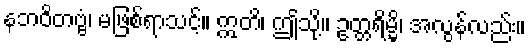
နဘဝိတဗ္ဗံ၊ မဖြစ်ရာသင့်။ ဣတိ၊ ဤသို့။ ဥတ္တရိမ္မိ၊ အလွန်လည်း။